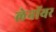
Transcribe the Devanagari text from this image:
लेनॉयर